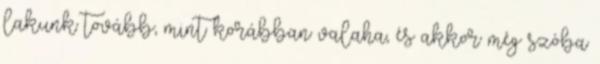
lakunk tovább, mint korábban valaha, és akkor még szóba